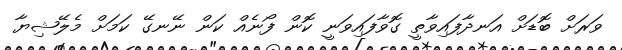
ވަރަށް ބޮޑަށް އަނދާފައިވާތީ ގޮވާފައިވަނީ ކޮން ފޯނެއް ކަން ނޭނގޭ ކަމަށް މެލޭޝިޔާ